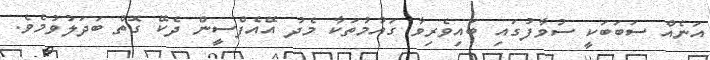
އަނެއް ސަބަބަކީ ސުވާފުގައި ބައިވެރިވާ ގައުމުތަކާ މެދު އޭއެފްސީން ދެކޭ ގޮތް ބަދަލުވުމެވެ.